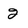
Character: 2